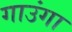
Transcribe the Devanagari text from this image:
गाउंगा